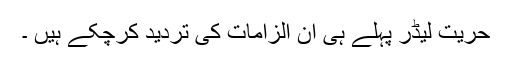
حریت لیڈر پہلے ہی ان الزامات کی تردید کرچکے ہیں ۔